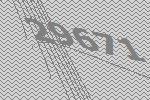
29671